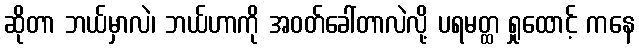
ဆိုတာ ဘယ်မှာလဲ၊ ဘယ်ဟာကို အဝတ်ခေါ်တာလဲလို့ ပရမတ္ထ ရှုထောင့် ကနေ